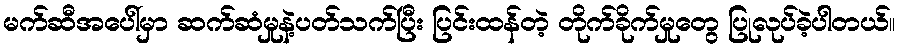
မက်ဆီအပေါ်မှာ ဆက်ဆံမှုနဲ့ပတ်သက်ပြီး ပြင်းထန်တဲ့ တိုက်ခိုက်မှုတွေ ပြုလုပ်ခဲ့ပါတယ်။